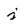
Character: j